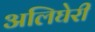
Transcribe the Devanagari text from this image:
अलिघेरी